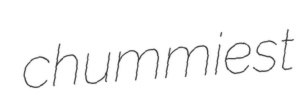
chummiest